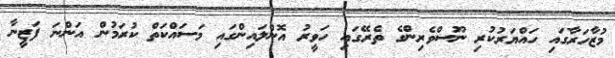
މުޒާހަރާގައި ހައްޔަރުކުރި ނޫސްވެރިންގެ ތެރޭގައި ހަވީރު އޮންލައިންގައި މަސައްކަތް ކުރަމުން އަންނަ ފަޒީނާ